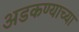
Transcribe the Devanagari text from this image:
अडकण्याच्या